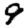
Digit: 9